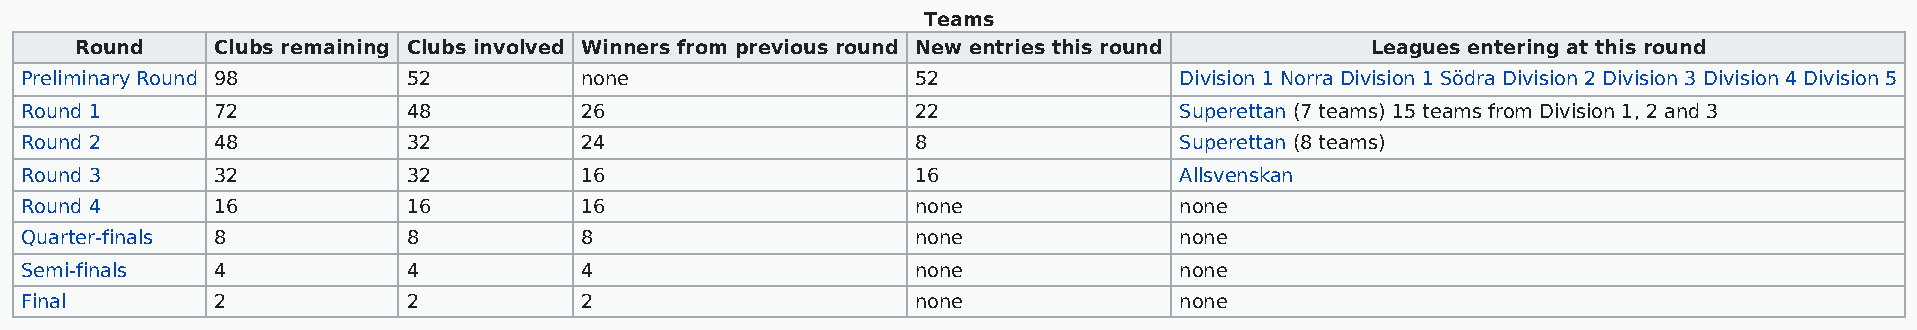
Teams
 Round    Clubs remaining Clubs involved Winners from previous round New entries this round Leagues entering at this round
 Preliminary Round 98      52         none                   52               Division 1 Norra Division 1 Södra Division 2 Division 3 Division 4 Division 5
 Round 1      72           48         26                     22               Superettan (7 teams) 15 teams from Division 1, 2 and 3
 Round 2      48           32         24                     8                Superettan (8 teams)
 Round 3      32           32         16                     16               Allsvenskan
 Round 4      16           16         16                     none             none
 Quarter-finals 8          8          8                      none             none
 Semi-finals  4            4          4                      none             none
 Final        2            2          2                      none             none